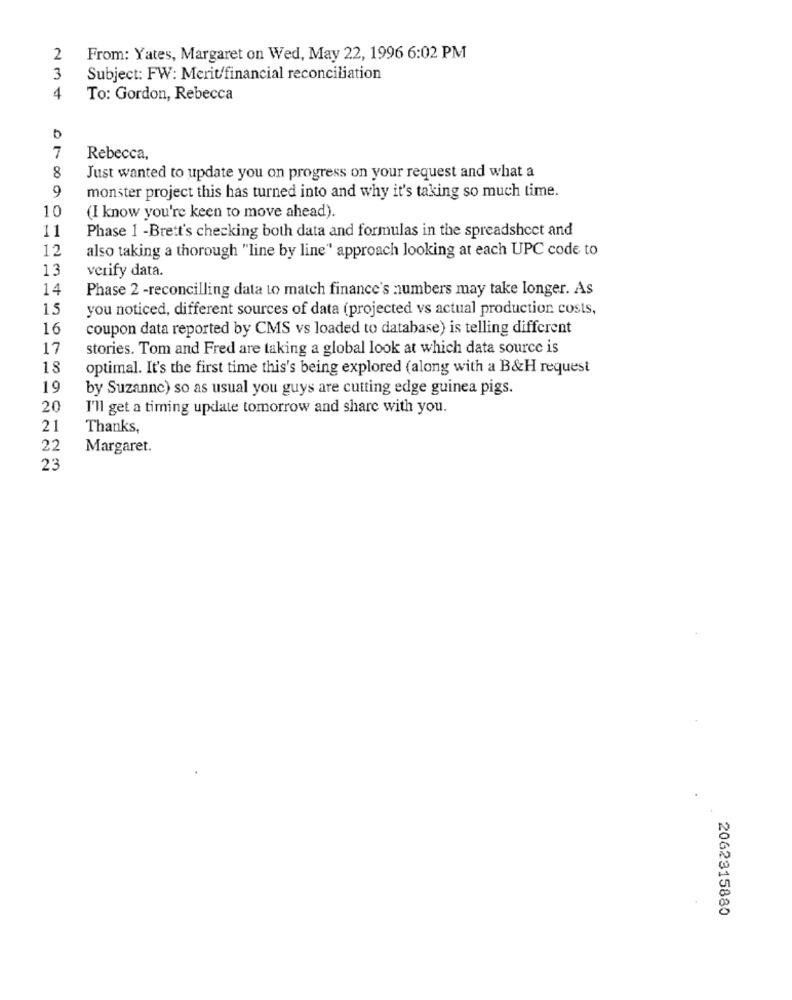
2
From: Yates, Margaret on Wed, May 22, 1996 6:02 PM
3
Subject: FW: Merit/financial reconciliation
4
To: Gordon, Rebecca
7
Rebecca
8
Just wanted to update you on progress on your request and what a
9
monster project this has turned into and why it's taking so much time.
10
(I know you're keen to move ahead).
11
Phase 1 -Brett's checking both data and formulas in the spreadsheet and
12
also taking a thorough "line by line" approach looking at each UPC code to
13
verify data.
14
Phase 2 -reconcilling data to match finance's numbers may take longer. As
15
you noticed, different sources of data (projected vs actual production costs,
16
coupon data reported by CMS vs loaded to database) is telling different
17
stories. Tom and Fred are taking a global look at which data source is
18
optimal. It's the first time this's being explored (along with a B&H request
19
by Suzanne) so as usual you guys are cutting edge guinea pigs.
20
I'll get a timing update tomorrow and share with you.
21
Thanks,
22
Margaret.
23
2062315880